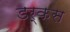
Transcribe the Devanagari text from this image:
डर्कस